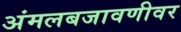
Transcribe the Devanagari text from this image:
अंमलबजावणीवर